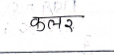
मजकूर: कलर